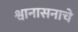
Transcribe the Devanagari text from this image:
श्वानासनाचे